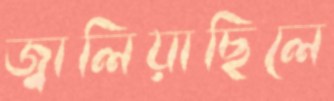
জ্বালিয়াছিলে